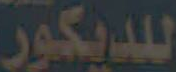
فلديكور